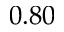
0 . 8 0